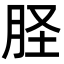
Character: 𦙾